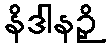
နိဒါနဉှိ